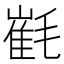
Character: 𣯯